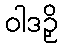
ဝါဒဉှိ